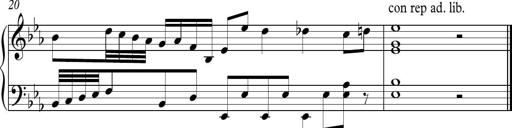
Title: Ten Piano Sonatinas
Composer: Andreas Sain